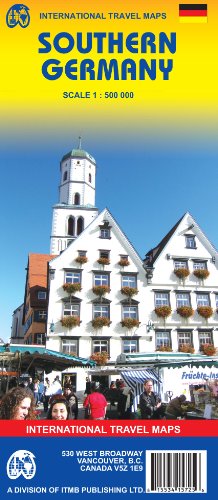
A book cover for Germany Southern (incl. Bavaria) 1:500,000 Travel Map 2007*** (International Travel Maps); ITM Canada; Travel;